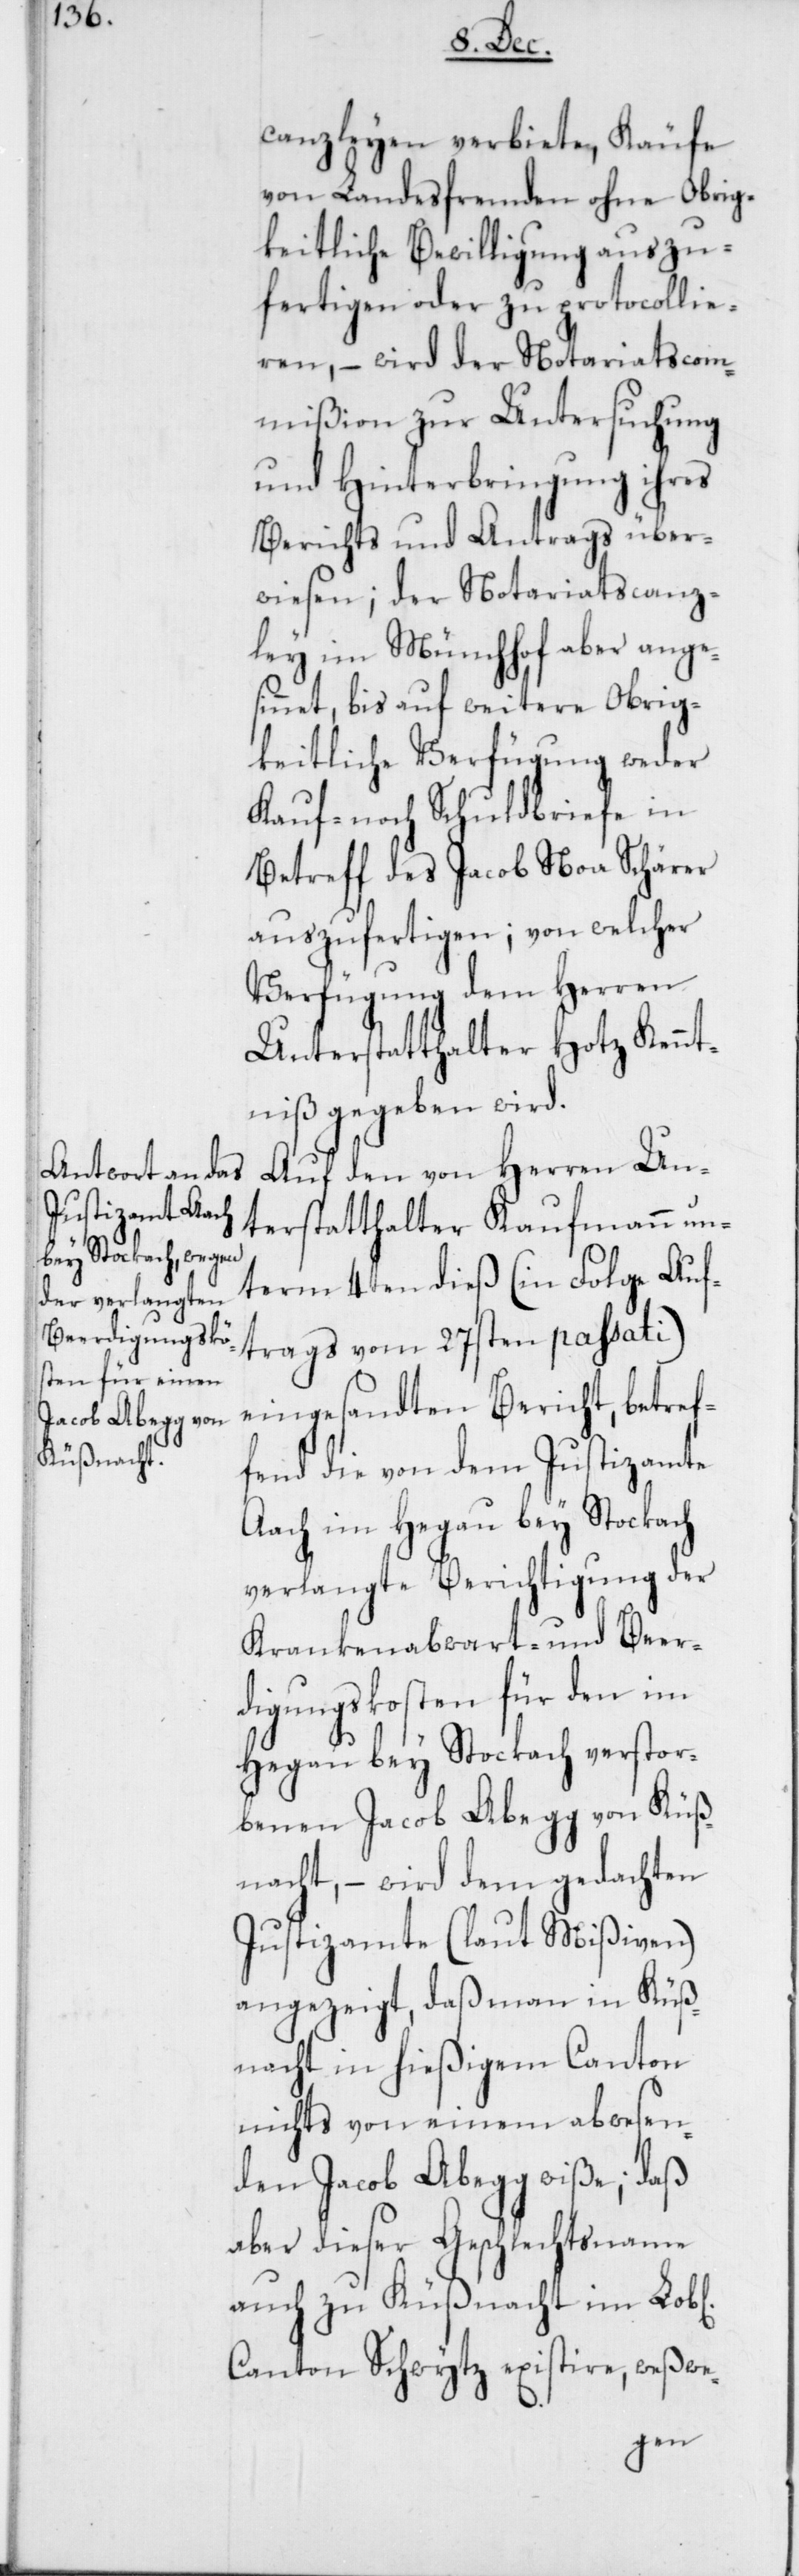
canzleyen verbiete, Käufe
von Landesfremden ohne Obrig¬
keitliche Bewilligung auszu¬
fertigen oder zu protocollie¬
ren, – wird der Notariatscom¬
mißion zur Untersuchung
und Hinterbringung ihres
Berichts und Antrags über¬
wiesen; der Notariatscanz¬
ley im Münchhof aber ange¬
sinnet, bis auf weitere Obrig¬
keitliche Verfügung weder
Kauf- noch Schuldbriefe in
Betreff des Jacob Noa Schärer
auszufertigen; von welcher
Verfügung dem Herren
Unterstatthalter Hotz Kennt¬
niß gegeben wird.
Auf den von Herren Un¬
terstatthalter Kaufmann un¬
term 4ten dieß (in Folge Auf¬
trags vom 27sten passati)
eingesandten Bericht, betref¬
fend die von dem Justizamte
Aach im Hegau bey Stockach
verlangte Berichtigung der
Krankenabwart- und Beer¬
digungskosten für den im
Hegau bey Stockach verstor¬
benen Jacob Abegg von Küß¬
nacht, – wird dem gedachten
Justizamte (laut Mißiven)
angezeigt, daß man in Küß¬
nacht in hießigem Canton
nichts von einem abwesen¬
den Jacob Abegg wiße, daß
aber dieser Geschlechtsname
auch zu Küßnacht im Lob[l¬
Canton Schwytz existire, weßwe-
ichen]